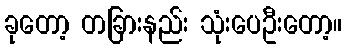
ခုတော့ တခြားနည်း သုံးပေဦးတော့။